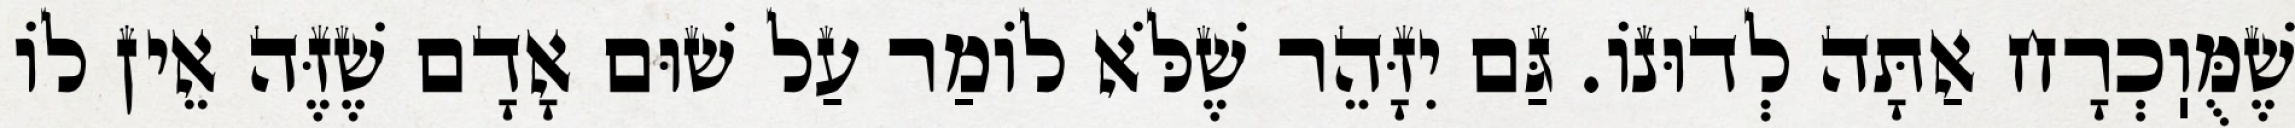
שֶׁמֻּוֽכְרָח אַתָּה לְדוּנוֹ. גַּם יִזָּהֵר שֶׁלֹּא לוֹמַר עַל שׁוּם אָדָם שֶׁזֶּה אֵין לוֹ